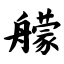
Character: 艨